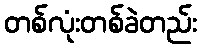
တစ်လုံးတစ်ခဲတည်း